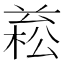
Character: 𣕙